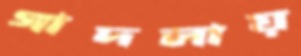
গাদলায়